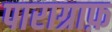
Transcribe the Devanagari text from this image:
पाराग्राफ़